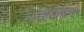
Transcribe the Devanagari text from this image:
१६किलोमीटर